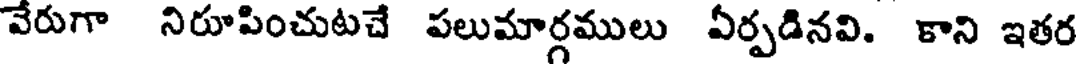
వేరుగా నిరూపించుటచే పలుమార్గములు ఏర్పడినవి. కాని ఇతర